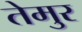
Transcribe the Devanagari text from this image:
तेमुर